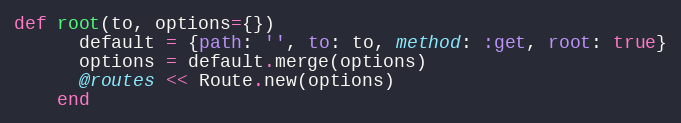
Language: Ruby
def root(to, options={})
      default = {path: '', to: to, method: :get, root: true}
      options = default.merge(options)
      @routes << Route.new(options)
    end